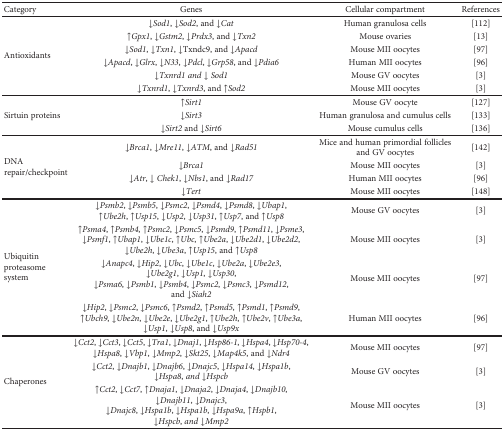
<table><thead><tr><td><b>Category</b></td><td><b>Genes</b></td><td><b>Cellular compartment</b></td><td><b>References</b></td></tr></thead><tbody><tr><td rowspan="6">Antioxidants</td><td>↓<i>Sod1</i>, ↓<i>Sod2</i>, and ↓<i>Cat</i></td><td>Human granulosa cells</td><td>[112]</td></tr><tr><td>↑<i>Gpx1</i>, ↓<i>Gstm2</i>, ↓<i>Prdx3</i>, and ↓<i>Txn2</i></td><td>Mouse ovaries</td><td>[13]</td></tr><tr><td>↓<i>Sod1</i>, ↓<i>Txn1</i>, ↓Txndc9, and ↓<i>Apacd</i></td><td>Mouse MII oocytes</td><td>[97]</td></tr><tr><td>↓<i>Apacd</i>, ↓<i>Glrx</i>, ↓<i>N33</i>, <i>↓Pdcl</i>, <i>↓Grp58</i>, and <i>↓Pdia6</i></td><td>Human MII oocytes</td><td>[96]</td></tr><tr><td><i>↓Txnrd1 and ↓ Sod1</i></td><td>Mouse GV oocytes</td><td>[3]</td></tr><tr><td>↓<i>Txnrd1</i>, ↓<i>Txnrd3</i>, and ↑<i>Sod2</i></td><td>Mouse MII oocytes</td><td>[3]</td></tr><tr><td>[EMPTY_CELL]</td><td>[EMPTY_CELL]</td><td>[EMPTY_CELL]</td><td>[EMPTY_CELL]</td></tr><tr><td rowspan="3">Sirtuin proteins</td><td>↑<i>Sirt1</i></td><td>Mouse GV oocyte</td><td>[127]</td></tr><tr><td>↓<i>Sirt3</i></td><td>Human granulosa and cumulus cells</td><td>[133]</td></tr><tr><td>↓<i>Sirt2</i> and ↓<i>Sirt6</i></td><td>Mouse cumulus cells</td><td>[136]</td></tr><tr><td>[EMPTY_CELL]</td><td>[EMPTY_CELL]</td><td>[EMPTY_CELL]</td><td>[EMPTY_CELL]</td></tr><tr><td rowspan="4">DNA repair/checkpoint</td><td>↓<i>Brca1</i>, ↓<i>Mre11</i>, ↓<i>ATM</i>, and ↓<i>Rad51</i></td><td>Mice and human primordial follicles and GV oocytes</td><td>[142]</td></tr><tr><td>↓<i>Brca1</i></td><td>Mouse MII oocytes</td><td>[3]</td></tr><tr><td>↓<i>Atr</i>, ↓ <i>Chek1</i>, ↓<i>Nbs1</i>, and ↓<i>Rad17</i></td><td>Human MII oocytes</td><td>[96]</td></tr><tr><td>↓<i>Tert</i></td><td>Mouse MII oocytes</td><td>[148]</td></tr><tr><td>[EMPTY_CELL]</td><td>[EMPTY_CELL]</td><td>[EMPTY_CELL]</td><td>[EMPTY_CELL]</td></tr><tr><td rowspan="4">Ubiquitin proteasome system</td><td><i>↓Psmb2</i>, <i>↓Psmb5</i>, <i>↓Psmc2</i>, <i>↓Psmd4</i>, <i>↓Psmd8</i>, <i>↓Ubap1</i>, <i>↑Ube2h</i>, <i>↑Usp15</i>, <i>↓Usp2</i>, <i>↓Usp31</i>, <i>↑Usp7</i>, and <i>↑Usp8</i></td><td>Mouse GV oocytes</td><td>[3]</td></tr><tr><td><i>↑Psma4</i>, <i>↑Psmb4</i>, <i>↑Psmc2</i>, <i>↓Psmc5</i>, <i>↓Psmd9</i>, <i>↑Psmd11</i>, <i>↓Psme3</i>, <i>↓Psmf1</i>, <i>↑Ubap1</i>, <i>↓Ube1c</i>, <i>↑Ubc</i>, <i>↑Ube2a</i>, <i>↓Ube2d1</i>, <i>↓Ube2d2</i>, <i>↓Ube2h</i>, <i>↓Ube3a</i>, <i>↑Usp15</i>, and <i>↑Usp8</i></td><td>Mouse MII oocytes</td><td>[3]</td></tr><tr><td><i>↓Anapc4</i>, <i>↓Hip2</i>, <i>↓Ubc</i>, <i>↓Ube1c</i>, <i>↓Ube2a</i>, <i>↓Ube2e3</i>, <i>↓Ube2g1</i>, <i>↓Usp1</i>, <i>↓Usp30</i>, <i>↓Psma6</i>, <i>↓Psmb1</i>, <i>↓Psmb4</i>, <i>↓Psmc2</i>, <i>↓Psmc3</i>, <i>↓Psmd12</i>, and <i>↓Siah2</i></td><td>Mouse MII oocytes</td><td>[97]</td></tr><tr><td><i>↓Hip2</i>, <i>↓Psmc2</i>, <i>↓Psmc6</i>, <i>↑Psmd2</i>, <i>↑Psmd5</i>, <i>↑Psmd1</i>, <i>↑Psmd9</i>, <i>↑Ubch9</i>, <i>↓Ube2n</i>, <i>↓Ube2e</i>, <i>↓Ube2g1</i>, <i>↑Ube2h</i>, <i>↑Ube2v</i>, <i>↑Ube3a</i>, <i>↓Usp1</i>, <i>↓Usp8</i>, and <i>↓Usp9x</i></td><td>Human MII oocytes</td><td>[96]</td></tr><tr><td>[EMPTY_CELL]</td><td>[EMPTY_CELL]</td><td>[EMPTY_CELL]</td><td>[EMPTY_CELL]</td></tr><tr><td rowspan="3">Chaperones</td><td><i>↓Cct2</i>, <i>↓Cct3</i>, <i>↓Cct5</i>, <i>↓Tra1</i>, <i>↓Dnaj1</i>, <i>↓Hsp86-1</i>, <i>↓Hspa4</i>, <i>↓Hsp70-4</i>, <i>↓Hspa8</i>, <i>↓Vbp1</i>, <i>↓Mmp2</i>, <i>↓Skt25</i>, <i>↓Map4k5</i>, and <i>↓Ndr4</i></td><td>Mouse MII oocytes</td><td>[97]</td></tr><tr><td><i>↓Cct2</i>, <i>↓Dnajb1</i>, <i>↓Dnajb6</i>, <i>↓Dnajc5</i>, <i>↓Hspa14</i>, <i>↓Hspa1b</i>, <i>↓Hspa8</i>, <i>and ↓Hspcb</i></td><td>Mouse GV oocytes</td><td>[3]</td></tr><tr><td><i>↑Cct2</i>, <i>↓Cct7</i>, <i>↑Dnaja1</i>, <i>↓Dnaja2</i>, <i>↓Dnaja4</i>, <i>↓Dnajb10</i>, <i>↓Dnajb11</i>, <i>↓Dnajc3</i>, <i>↓Dnajc8</i>, <i>↓Hspa1b</i>, <i>↓Hspa1b</i>, <i>↓Hspa9a</i>, <i>↑Hspb1</i>, <i>↓Hspcb</i>, <i>and ↓Mmp2</i></td><td>Mouse MII oocytes</td><td>[3]</td></tr></tbody></table>